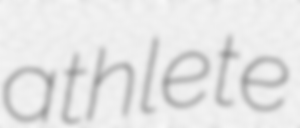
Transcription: athlete